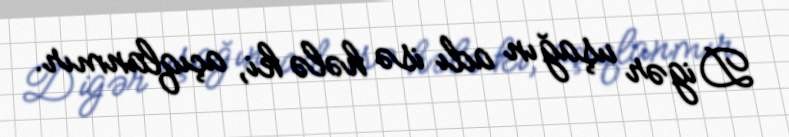
Digər uşağın adı isə hələ ki, açıqlanmır.